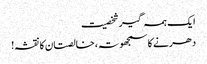
ا یک ہمہ گیر شخصیت
دھرنے کا سمجھوتہ، خالصتان کا نقشہ!